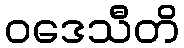
ဝဒေသီတိ